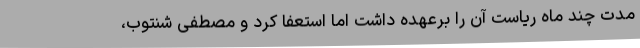
مدت چند ماه ریاست آن را برعهده داشت اما استعفا کرد و مصطفی شنتوب،